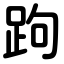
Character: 跔